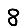
Digit: 8